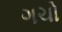
ગચો